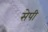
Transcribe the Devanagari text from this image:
सेपी